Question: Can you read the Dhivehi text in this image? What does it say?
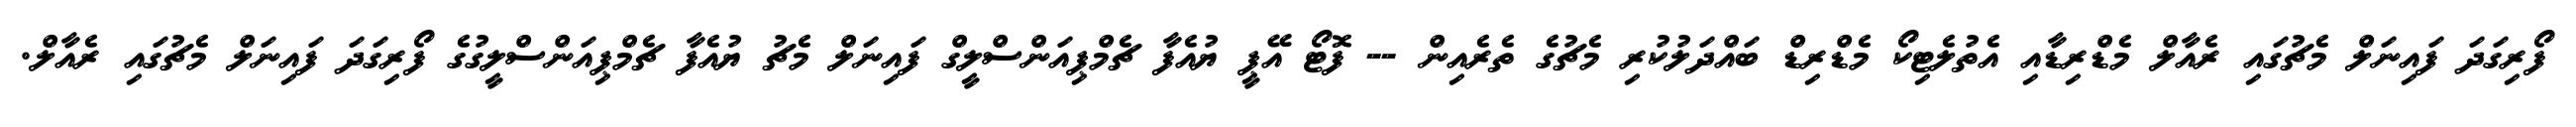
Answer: ފޯރިގަދަ ފައިނަލް މެޗުގައި ރެއާލް މެޑްރިޑާއި އެތުލެޓިކޯ މެޑްރިޑް ބައްދަލުކުރި މެޗުގެ ތެރެއިން -- ފޮޓޯ އޭޕީ ޔުއެފާ ޗެމްޕިއަންސްލީގް ފައިނަލް މެޗު ޔުއެފާ ޗެމްޕިއަންސްލީގުގެ ފޯރިގަދަ ފައިނަލް މެޗުގައި ރެއާލް.